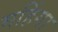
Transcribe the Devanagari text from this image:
महिंगा